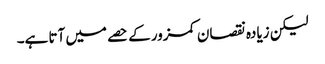
لیکن زیادہ نقصان کمزور کے حصے میں آتا ہے۔